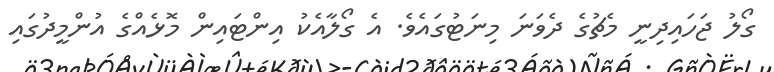
ގޯލު ޖަހައިދިނީ މެޗުގެ ދެވަނަ މިނަޓުގައެވެ. އެ ގޯލާއެކު އިންޓައިން މޮޅެއްގެ އުންމީދުގައި